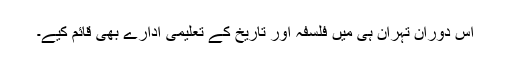
اس دوران تہران ہی میں فلسفہ اور تاریخ کے تعلیمی ادارے بھی قائم کیے۔